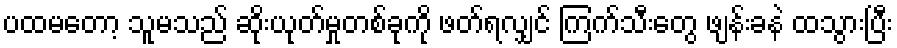
ပထမတော့ သူမသည် ဆိုးယုတ်မှုတစ်ခုကို ဖတ်ရလျှင် ကြက်သီးတွေ ဖျန်းခနဲ ထသွားပြီး